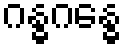
ဂန္ဓဂန္ဓေ